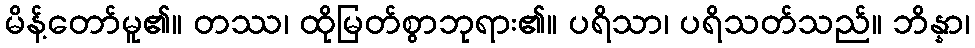
မိန့်တော်မူ၏။ တဿ၊ ထိုမြတ်စွာဘုရား၏။ ပရိသာ၊ ပရိသတ်သည်။ ဘိန္နာ၊